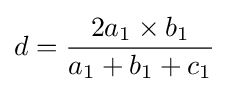
d={2a_{1}\times b_{1} \over a_{1}+b_{1}+c_{1}}